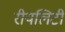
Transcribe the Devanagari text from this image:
रीयलिटी